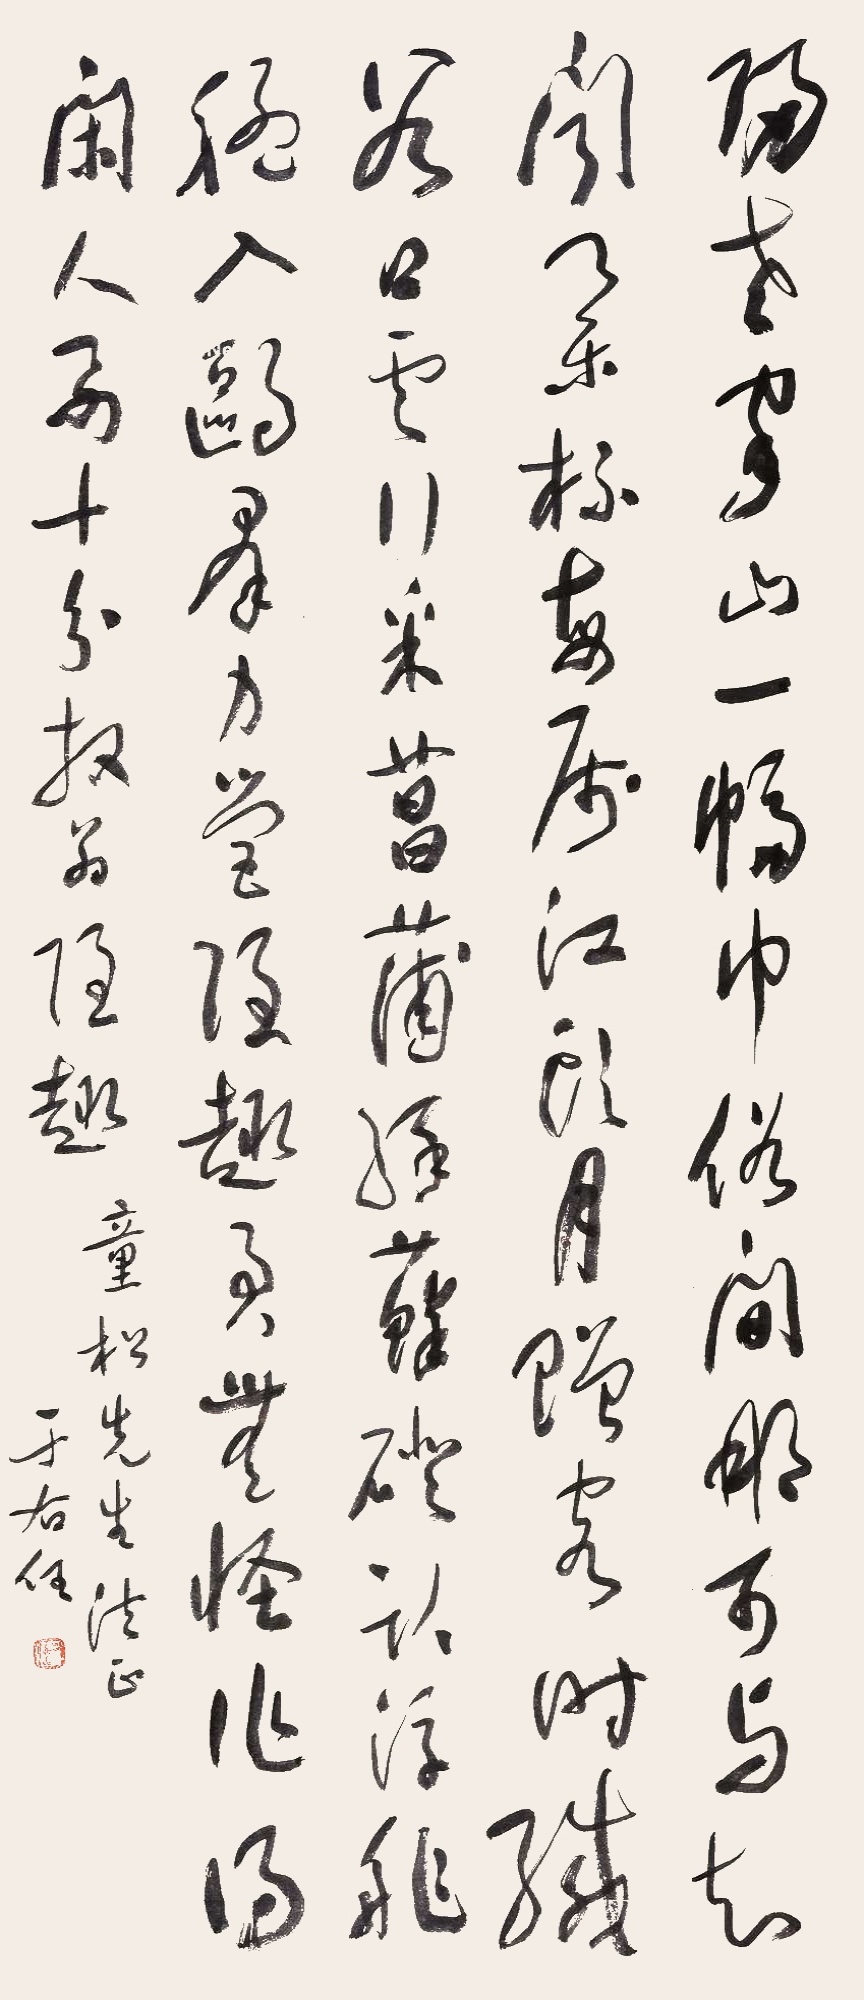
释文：归老家山一幅巾，俗间那可与知闻。举杯每属江头月，赠客时缄谷口云。行采菖蒲缘藓磴，卧浮舴艋入鸥群。力营隐趣君无怪，作得闲人要十分。放翁《隐趣》。童松先生法正，于右任。